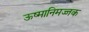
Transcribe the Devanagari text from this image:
ऊष्मानिमज्जक